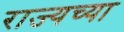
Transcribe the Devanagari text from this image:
राज्यच्या